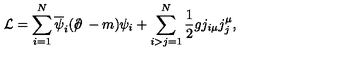
{ \cal L } = \sum _ { i = 1 } ^ { N } \overline { { \psi } } _ { i } ( { \ooalign { \hfil / \hfil \crcr \partial } } - m ) \psi _ { i } + \sum _ { i > j = 1 } ^ { N } { \frac { 1 } { 2 } } g j _ { i \mu } j _ { j } ^ { \mu } ,